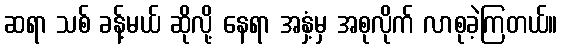
ဆရာ သစ် ခန့်မယ် ဆိုလို့ နေရာ အနှံ့မှ အစုလိုက် လာစုခဲ့ကြတယ်။